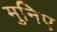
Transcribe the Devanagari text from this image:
मुनिए